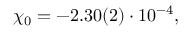
\begin{array} { r } { \chi _ { 0 } = - 2 . 3 0 ( 2 ) \cdot 1 0 ^ { - 4 } , } \end{array}